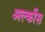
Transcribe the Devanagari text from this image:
अल्कींस